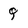
Character: Q